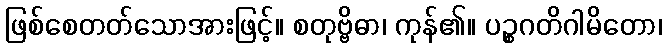
ဖြစ်စေတတ်သောအားဖြင့်။ စတုဗ္ဗိဓာ၊ ကုန်၏။ ပဉ္စဂတိဂါမိတော၊